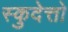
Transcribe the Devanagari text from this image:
स्कुदेत्तो